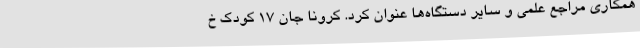
همکاری مراجع علمی و سایر دستگاه‌ها عنوان کرد. کرونا جان ۱۷ کودک خ